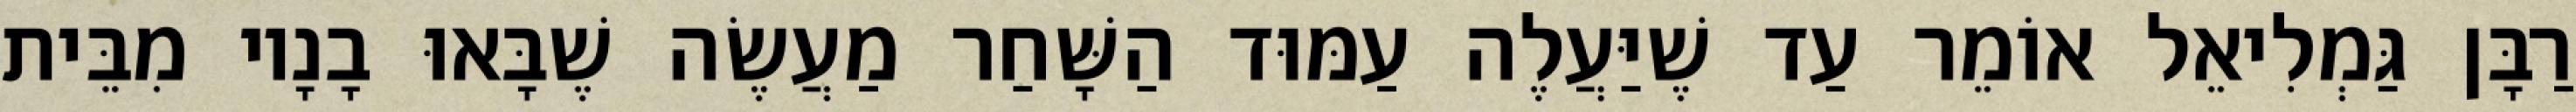
רַבָּן גַּמְלִיאֵל אוֹמֵר עַד שֶׁיַּעֲלֶה עַמּוּד הַשָּׁחַר מַעֲשֶׂה שֶׁבָּאוּ בָנָיו מִבֵּית